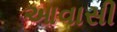
આવાસી